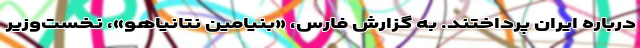
درباره ایران پرداختند. به گزارش فارس، «بنیامین نتانیاهو»، نخست‌وزیر